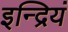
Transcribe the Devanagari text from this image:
इन्द्रियं